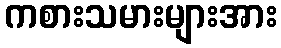
ကစားသမားများအား